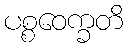
ပစ္စဝေက္ခတိ